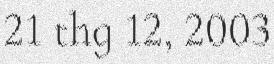
21 thg 12, 2003